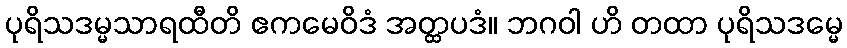
ပုရိသဒမ္မသာရထီတိ ဧကမေဝိဒံ အတ္ထပဒံ။ ဘဂဝါ ဟိ တထာ ပုရိသဒမ္မေ